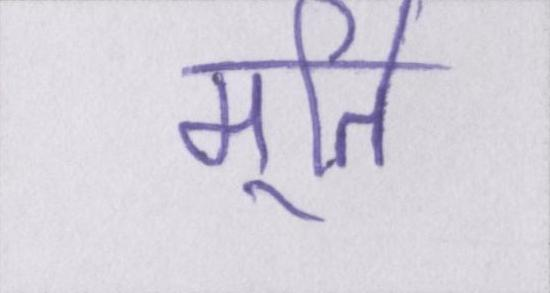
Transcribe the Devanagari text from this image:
मूर्ति